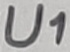
Text: U1